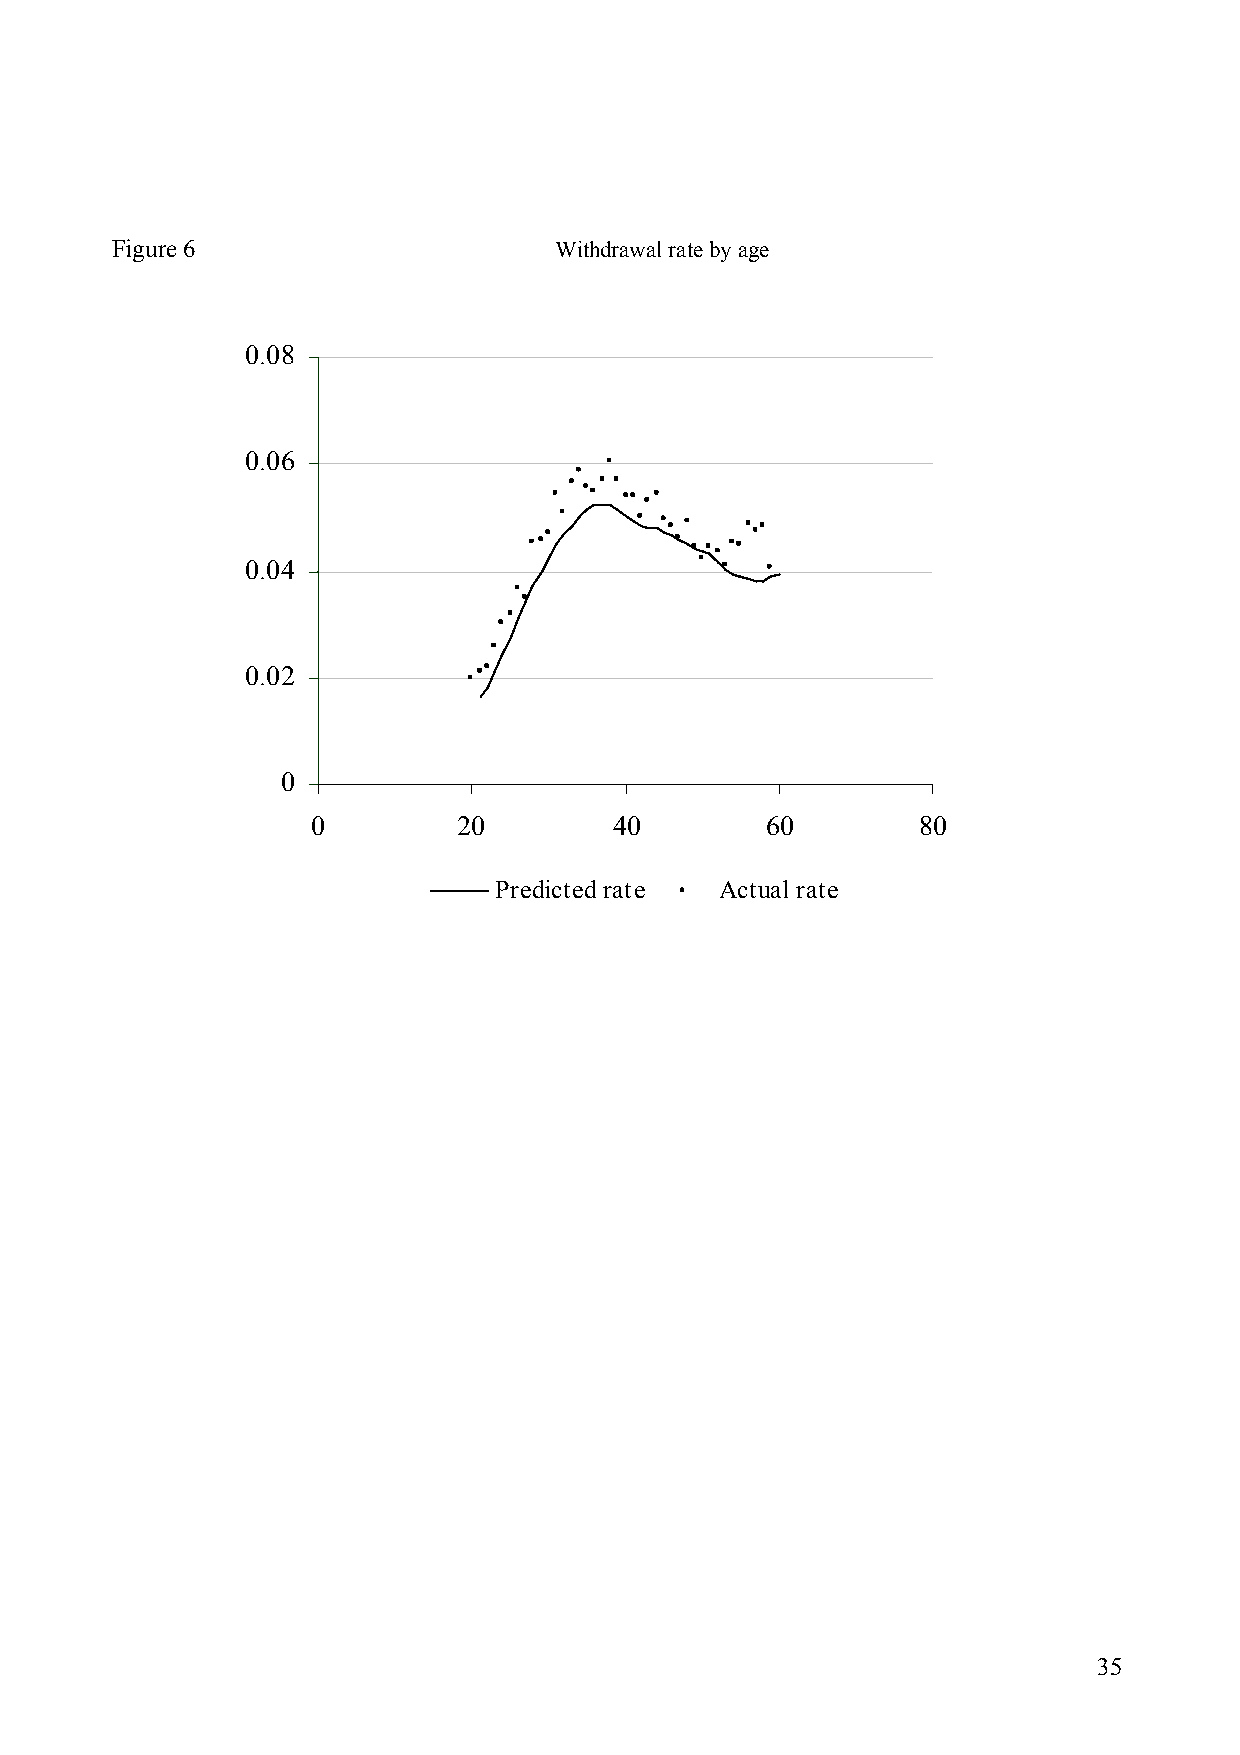
Figure 6                      Withdrawal rate by age
 0.08
 0.06
 0.04
 0.02
 0
 0        20         40        60        80
 Age
 Predicted rate Actual rate
 35